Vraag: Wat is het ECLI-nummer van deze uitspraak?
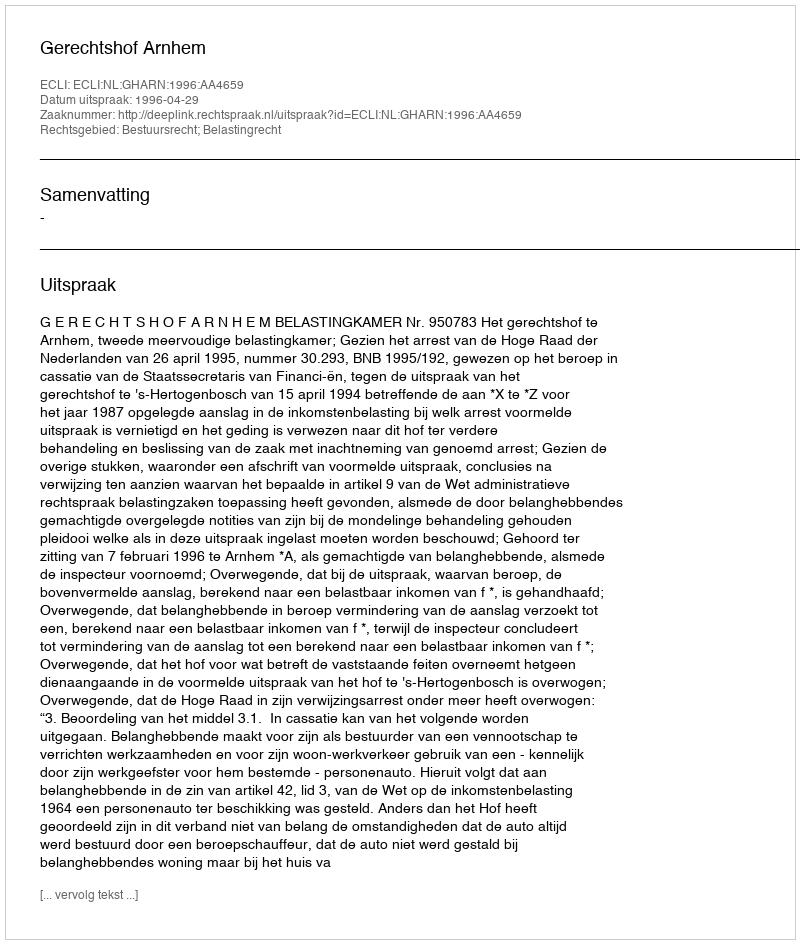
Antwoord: ECLI:NL:GHARN:1996:AA4659